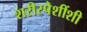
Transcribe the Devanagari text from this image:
शरीरपेशींशी